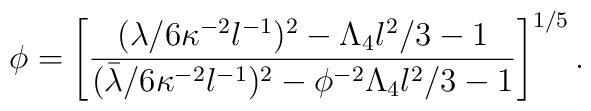
\phi = \left[\frac{(\lambda/6\kappa^{-2}l^{-1})^2	-\Lambda_4l^2/3-1}	{(\bar{\lambda}/6\kappa^{-2}l^{-1})^2	-\phi^{-2}\Lambda_4l^2/3-1}	\right]^{1/5}.